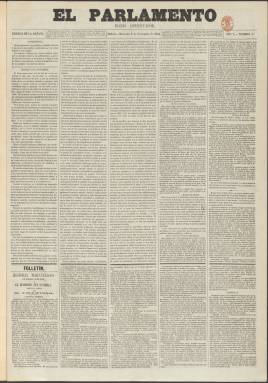
Título: El Parlamento (Madrid. 1854)
Colección: Periódicos
Ámbito geográfico: Madrid
Lugar de publicación: Madrid
Fechas: 08/11/1854-09/07/1859